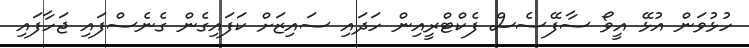
ހުޅުވަން އުޅޭ އީވޯ ސާފޭސެސް ފެކްޓްރީއިން ހަދައި ސައިޒަށް ކަފައިގެން ގެނެސްފައި ޖަހާފައި